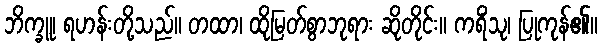
ဘိက္ခူ၊ ရဟန်းတို့သည်။ တထာ၊ ထိုမြတ်စွာဘုရား ဆိုတိုင်း။ ကရိံသု၊ ပြုကုန်၏။